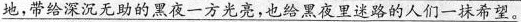
\underline{地，带给我深沉无助的黑夜一方光亮，也给黑夜里迷路的人们一抹希望。}